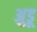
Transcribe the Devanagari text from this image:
अुडू